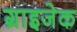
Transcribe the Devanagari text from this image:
ग्राइजेक